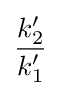
{\frac {k'_{2}}{k'_{1}}}